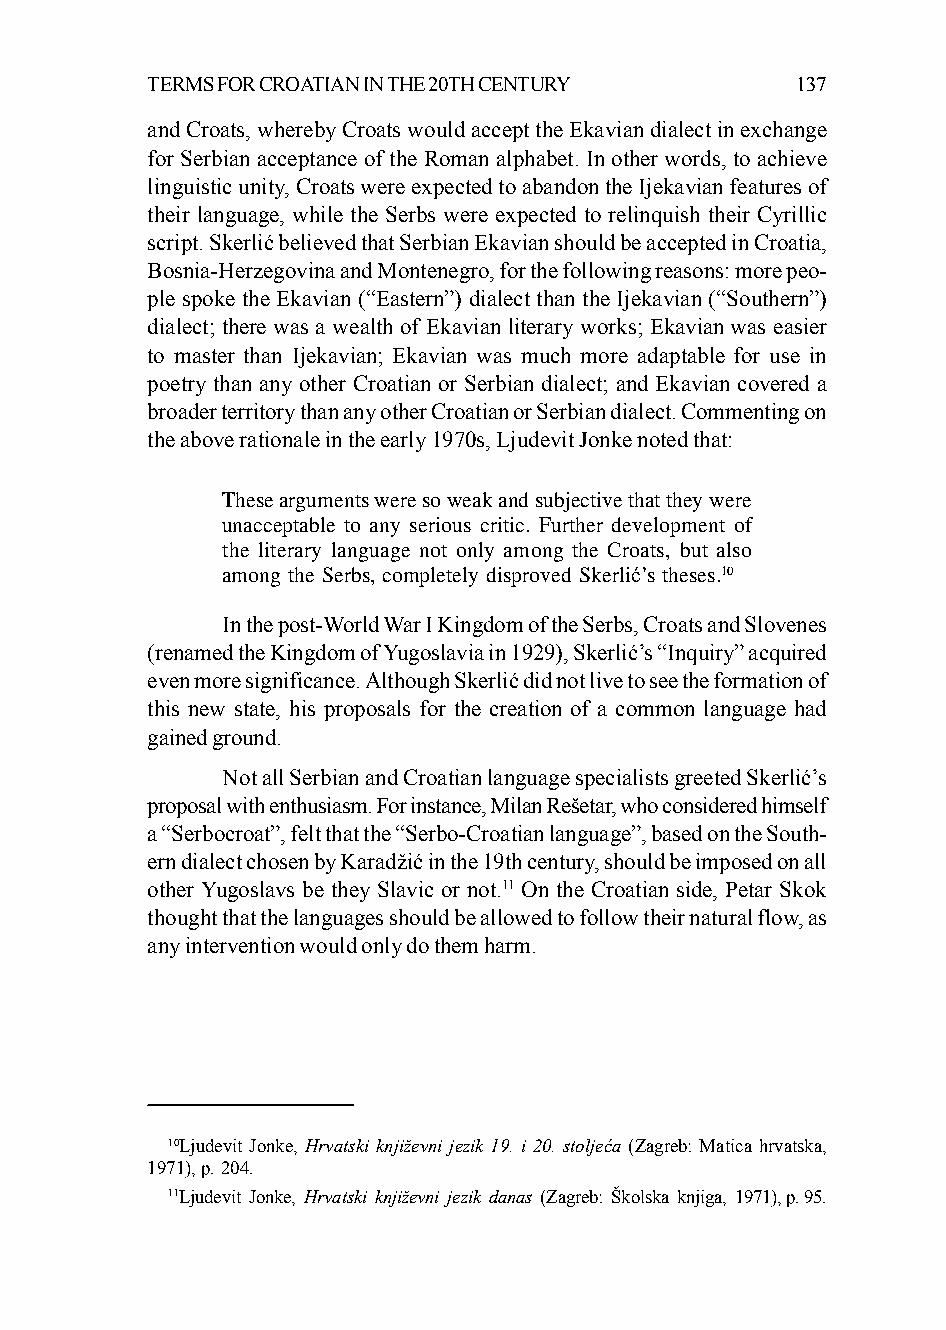
TERMS FOR CROATIAN IN THE 20TH CENTURY     137
 and Croats, whereby Croats would accept the Ekavian dialect in exchange
 for Serbian acceptance of the Roman alphabet. In other words, to achieve
 linguistic unity, Croats were expected to abandon the Ijekavian features of
 their language, while the Serbs were expected to relinquish their Cyrillic
 script. Skerlić believed that Serbian Ekavian should be accepted in Croatia,
 Bosnia-Herzegovina and Montenegro, for the following reasons: more peo-
 ple spoke the Ekavian (“Eastern”) dialect than the Ijekavian (“Southern”)
 dialect; there was a wealth of Ekavian literary works; Ekavian was easier
 to master than Ijekavian; Ekavian was much more adaptable for use in
 poetry than any other Croatian or Serbian dialect; and Ekavian covered a
 broader territory than any other Croatian or Serbian dialect. Commenting on
 the above rationale in the early 1970s, Ljudevit Jonke noted that:
 These arguments were so weak and subjective that they were
 unacceptable to any serious critic. Further development of
 the literary language not only among the Croats, but also
 among the Serbs, completely disproved Skerlić’s theses.10
 In the post-World War I Kingdom of the Serbs, Croats and Slovenes
 (renamed the Kingdom of Yugoslavia in 1929), Skerlić’s “Inquiry” acquired
 even more significance. Although Skerlić did not live to see the formation of
 this new state, his proposals for the creation of a common language had
 gained ground.
 Not all Serbian and Croatian language specialists greeted Skerlić’s
 proposal with enthusiasm. For instance, Milan Rešetar, who considered himself
 a “Serbocroat”, felt that the “Serbo-Croatian language”, based on the South-
 ern dialect chosen by Karadžić in the 19th century, should be imposed on all
 other Yugoslavs be they Slavic or not.11 On the Croatian side, Petar Skok
 thought that the languages should be allowed to follow their natural flow, as
 any intervention would only do them harm.
 10Ljudevit Jonke, Hrvatski književni jezik 19. i 20. stoljeća (Zagreb: Matica hrvatska,
 1971), p. 204.
 11Ljudevit Jonke, Hrvatski književni jezik danas (Zagreb: Školska knjiga, 1971), p. 95.